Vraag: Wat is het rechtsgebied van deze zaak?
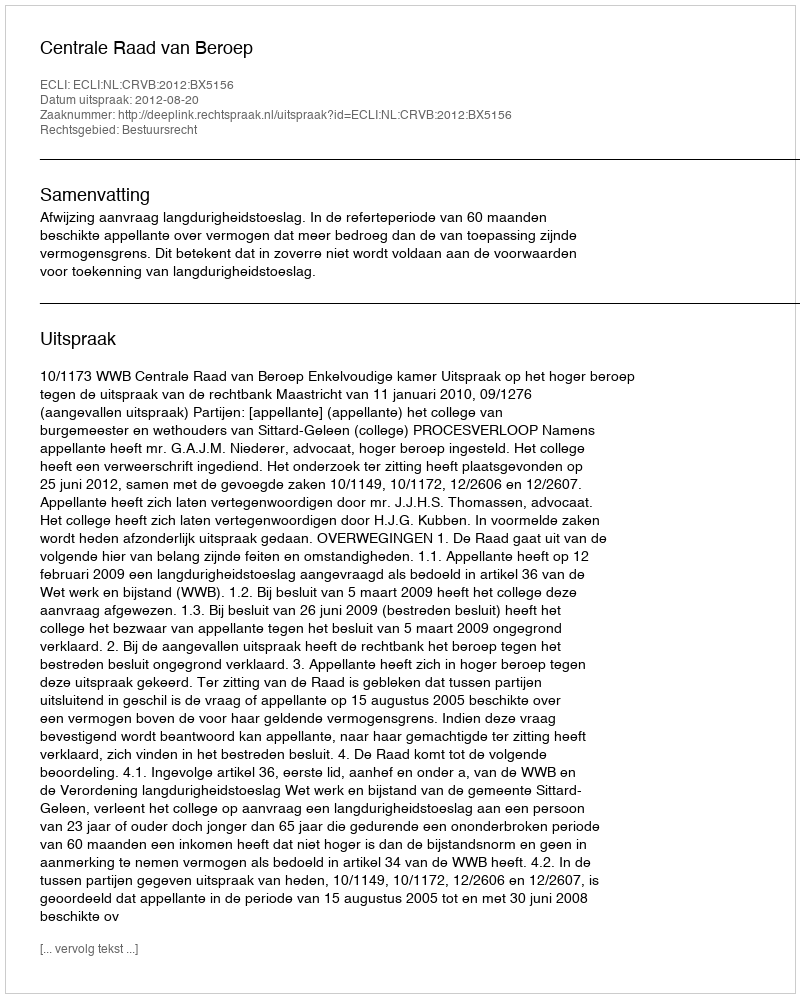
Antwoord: Bestuursrecht